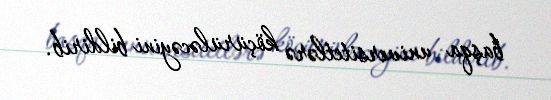
başqa universitetlərə köçürüləcəyini bildirib.